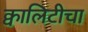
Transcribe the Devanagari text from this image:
क्वालिटीचा